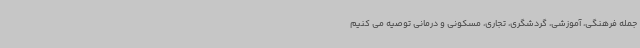
جمله فرهنگی، آموزشی، گردشگری، تجاری، مسکونی و درمانی توصیه می کنیم